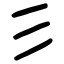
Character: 彡